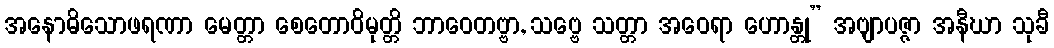
အနောဓိသောဖရဏာ မေတ္တာ စေတောဝိမုတ္တိ ဘာဝေတဗ္ဗာ, သဗ္ဗေ သတ္တာ အဝေရာ ဟောန္တု” အဗျာပဇ္ဇာ အနီဃာ သုခီ